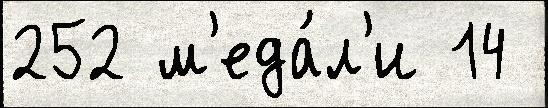
252 м'еда́л'и 14